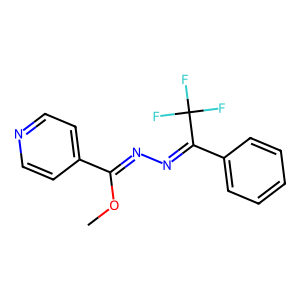
SMILES: COC(=NN=C(c1ccccc1)C(F)(F)F)c1ccncc1
Inhibits HIV replication: No